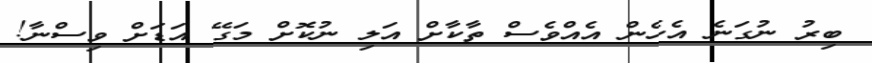
ބިރު ނުގަނެ އެހެން އެއްވެސް ތާކާށް އަލި ނުކޮށް މަގޭ އަޑަށް ވިސްނާ!